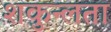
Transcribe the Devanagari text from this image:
शकुन्‍लता